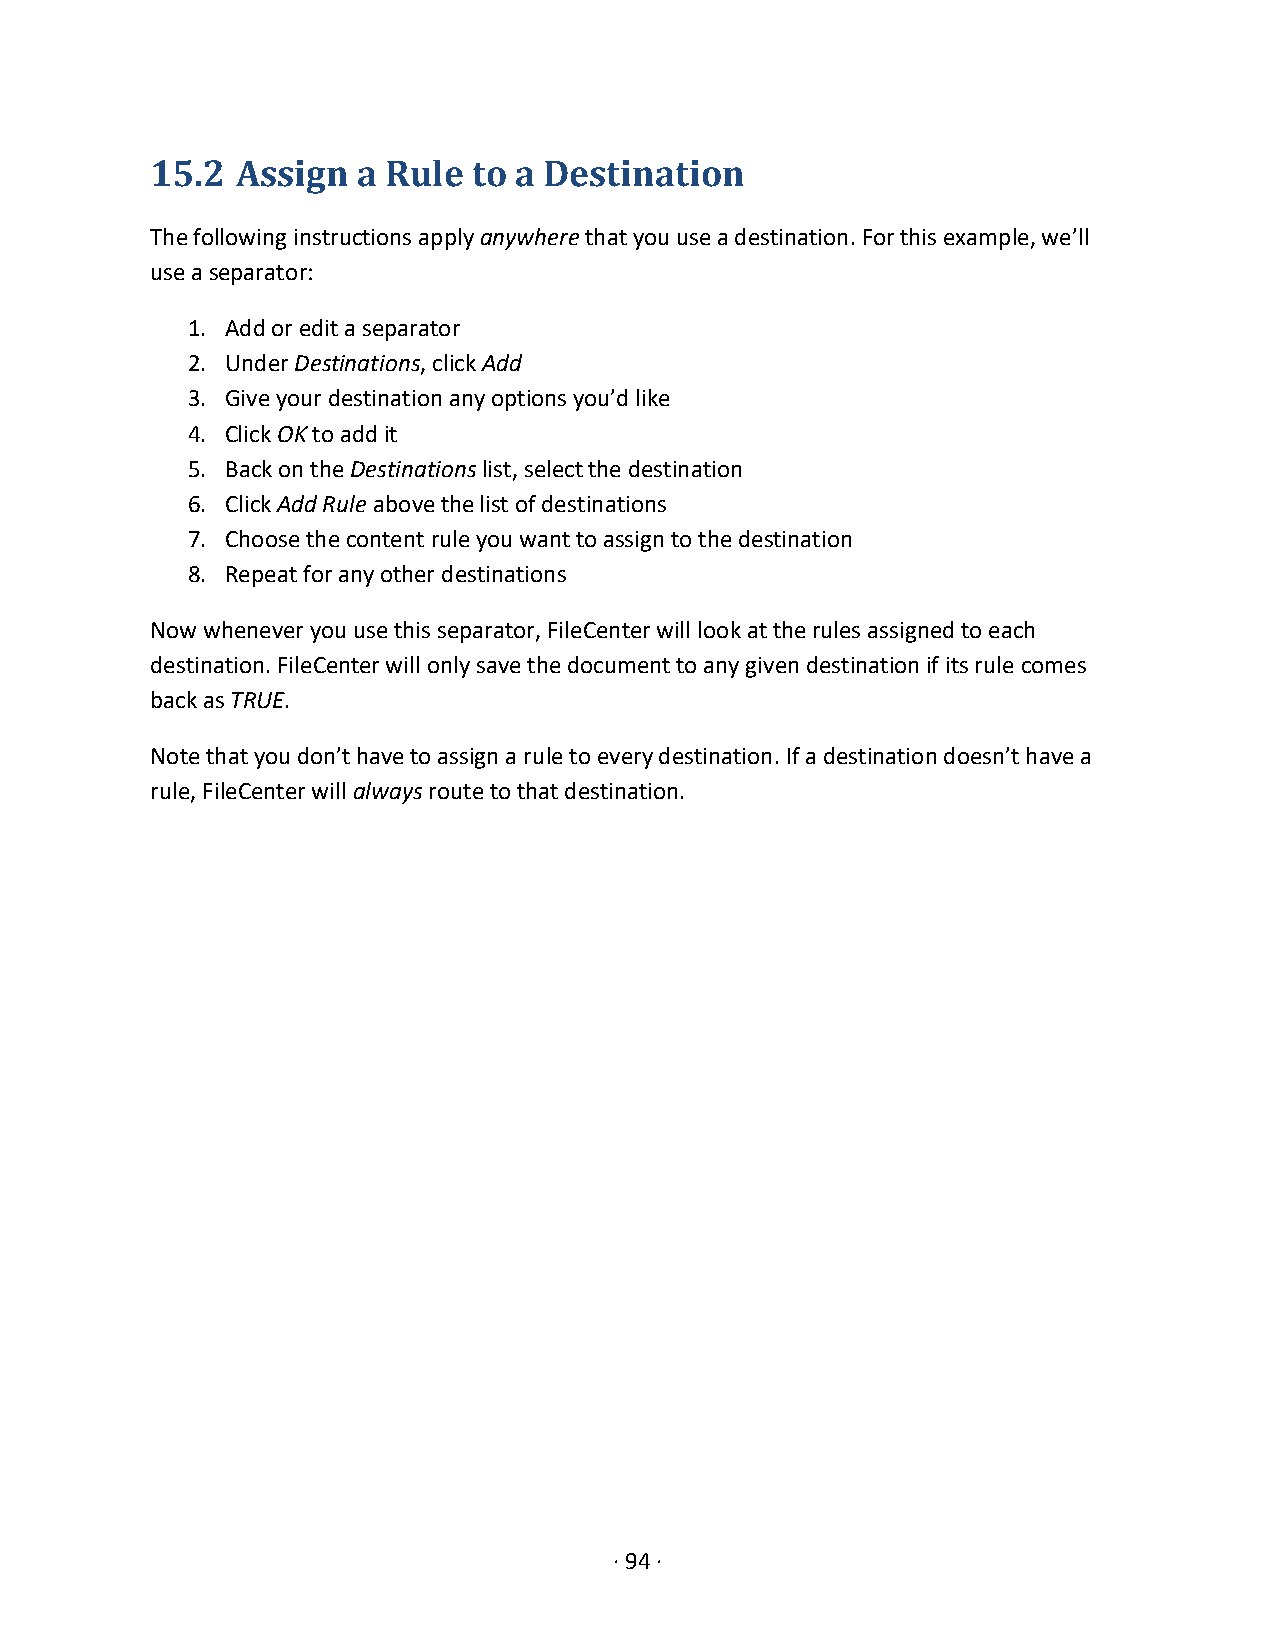
15.2  Assign  a Rule to a Destination
 The following instructions apply anywhere that you use a destination. For this example, we’ll
 use a separator:
 1. Add or edit a separator
 2. Under Destinations, click Add
 3. Give your destination any options you’d like
 4. Click OK to add it
 5. Back on the Destinations list, select the destination
 6. Click Add Rule above the list of destinations
 7. Choose the content rule you want to assign to the destination
 8. Repeat for any other destinations
 Now whenever you use this separator, FileCenter will look at the rules assigned to each
 destination. FileCenter will only save the document to any given destination if its rule comes
 back as TRUE.
 Note that you don’t have to assign a rule to every destination. If a destination doesn’t have a
 rule, FileCenter will always route to that destination.
 · 94 ·